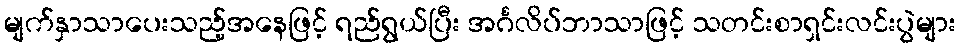
မျက်နှာသာပေးသည့်အနေဖြင့် ရည်ရွယ်ပြီး အင်္ဂလိပ်ဘာသာဖြင့် သတင်းစာရှင်းလင်းပွဲများ